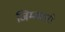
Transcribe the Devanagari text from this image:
जिम्मवारी